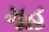
મૂહ